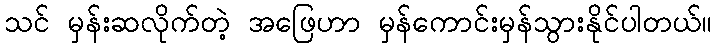
သင် မှန်းဆလိုက်တဲ့ အဖြေဟာ မှန်ကောင်းမှန်သွားနိုင်ပါတယ်။